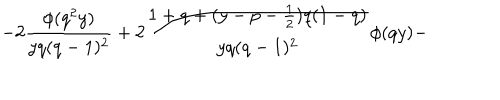
- 2 \frac { \phi ( q ^ { 2 } y ) } { y q ( q - 1 ) ^ { 2 } } + 2 \frac { 1 + q + ( y - p - \frac { 1 } { 2 } ) q ( 1 - q ) } { y q ( q - 1 ) ^ { 2 } } \phi ( q y ) -